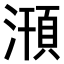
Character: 𣽥